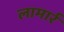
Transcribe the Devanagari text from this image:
लामार्र